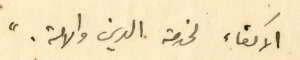
الاكفاء لخدمة الدين والامة. "